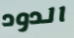
الدود